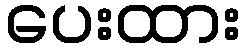
ပေးထား